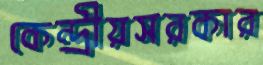
কেন্দ্রীয়সরকার